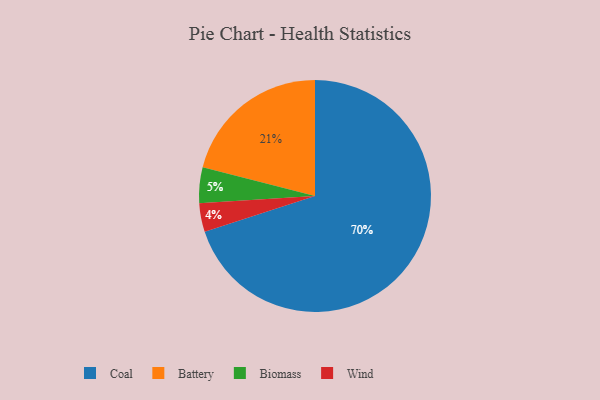
{"axis": {"x": "Category", "y": "Percentage"}, "legend": ["Battery", "Biomass", "Coal", "Wind"], "data": [{"x": "Wind", "y": 4, "type": "Wind"}, {"x": "Coal", "y": 70, "type": "Coal"}, {"x": "Biomass", "y": 5, "type": "Biomass"}, {"x": "Battery", "y": 21, "type": "Battery"}]}